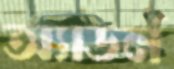
অ্যাডর্ন